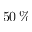
5 0 \, \%